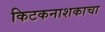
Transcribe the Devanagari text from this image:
किटकनाशकाचा